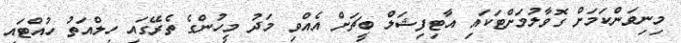
މިނިވަންކަމަށް ގޮވާލުމަށްޓަކައި އާޓިފިޝަލް ބީޗަށް އެއްވި މަދު މީހުންގެ ތެރޭގައި ހިލްއަތު ހުއްޓައި